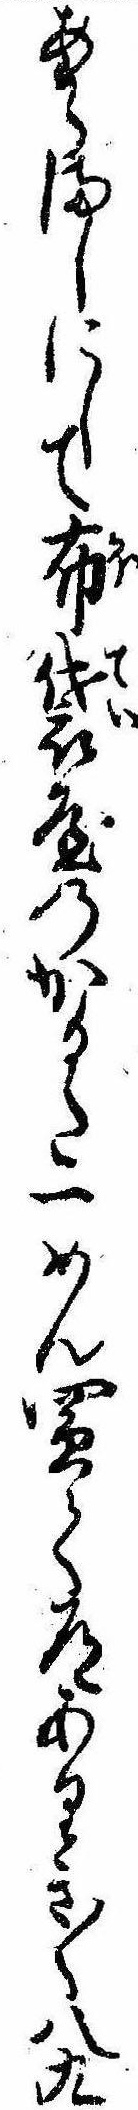
あらましにして布袋屋のかるた一めん買て道ありき〱八九